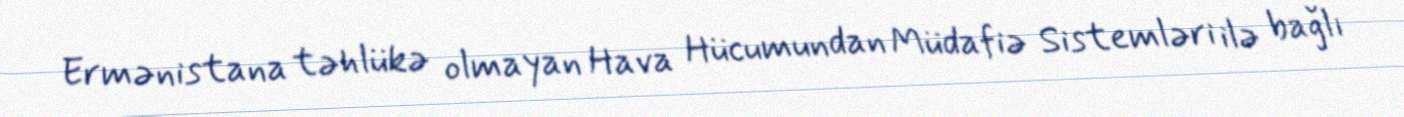
Ermənistana təhlükə olmayan Hava Hücumundan Müdafiə Sistemləri ilə bağlı